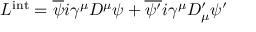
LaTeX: { \cal L } ^ { \mathrm { i n t } } = \overline { { { \psi } } } i \gamma ^ { \mu } D ^ { \mu } \psi + \overline { { { \psi ^ { \prime } } } } i \gamma ^ { \mu } D _ { \mu } ^ { \prime } \psi ^ { \prime }